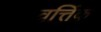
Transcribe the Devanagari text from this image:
वर्त्तिक